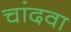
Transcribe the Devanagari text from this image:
चांदवा